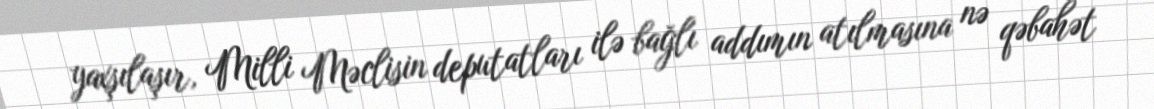
yaxşılaşır, Milli Məclisin deputatları ilə bağlı addımın atılmasına nə qəbahət